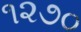
૧૨૭૦